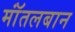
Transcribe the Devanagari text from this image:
मॉंतलबान